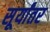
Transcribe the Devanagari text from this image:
सूर्यांतर